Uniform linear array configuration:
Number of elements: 48
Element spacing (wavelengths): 0.75
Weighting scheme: cosine
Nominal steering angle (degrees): -30
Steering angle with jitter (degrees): -29.232
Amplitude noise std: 0.05
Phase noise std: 0.05

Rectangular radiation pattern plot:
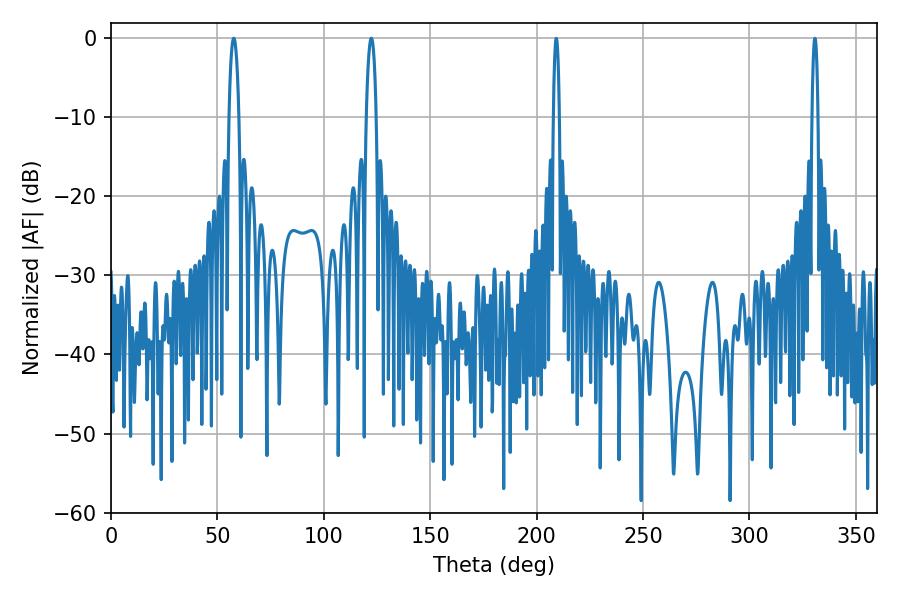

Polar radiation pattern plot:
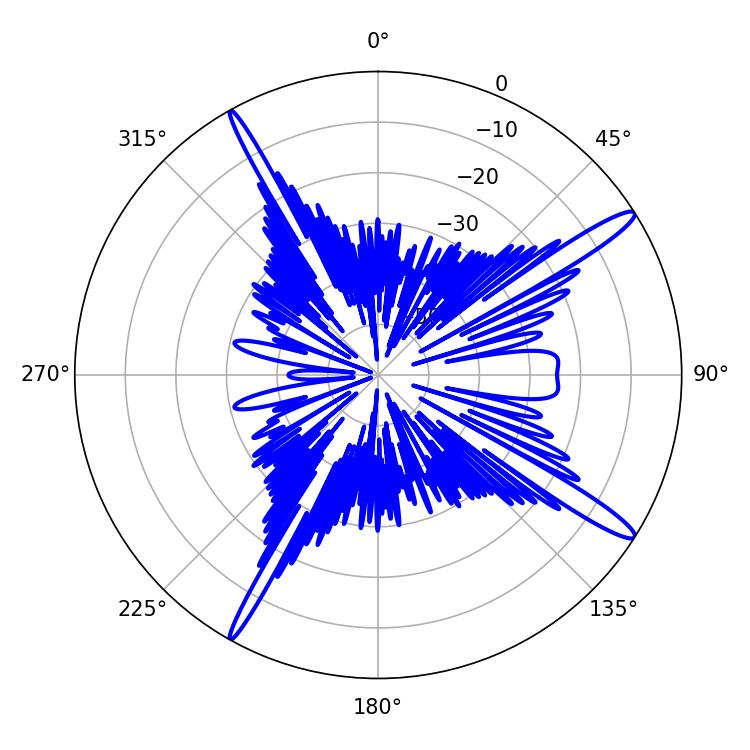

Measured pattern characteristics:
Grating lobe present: TRUE
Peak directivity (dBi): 15.383
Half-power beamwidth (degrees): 2.7
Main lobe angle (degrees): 122.4